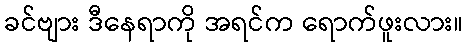
ခင်ဗျား ဒီနေရာကို အရင်က ရောက်ဖူးလား။